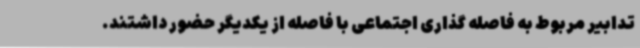
تدابیر مربوط به فاصله گذاری اجتماعی با فاصله از یکدیگر حضور داشتند.